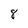
Character: 8